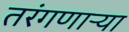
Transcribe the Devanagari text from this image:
तरंगणाऱ्या